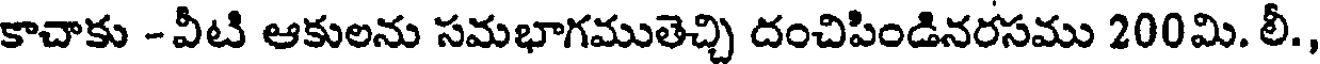
కాచాకు - వీటి ఆకులను సమభాగముతెచ్చి దంచిపిండినరసము 200మి. లీ.